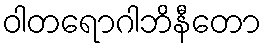
ဝါတရောဂါဘိနီတော